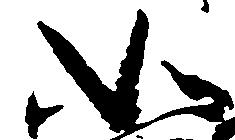
如